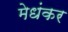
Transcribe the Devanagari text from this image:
मेधंकर